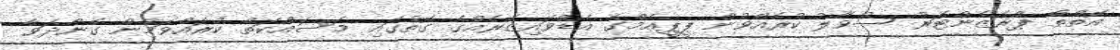
އޮތްތޯ ޕްރެޒެންޓަރު ސުވާލު ކުރެއްވުން ޕީޕީއެމްގެ އެޑްވައިޒަރެއްގެ ގޮތުގައި މަސައްކަތް ކުރައްވަމުން ގެންދަވާ